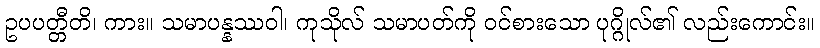
ဥပပတ္တီတိ၊ ကား။ သမာပန္နဿဝါ၊ ကုသိုလ် သမာပတ်ကို ဝင်စားသော ပုဂ္ဂိုလ်၏ လည်းကောင်း။